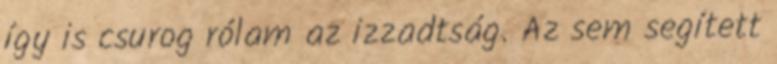
így is csurog rólam az izzadtság. Az sem segített